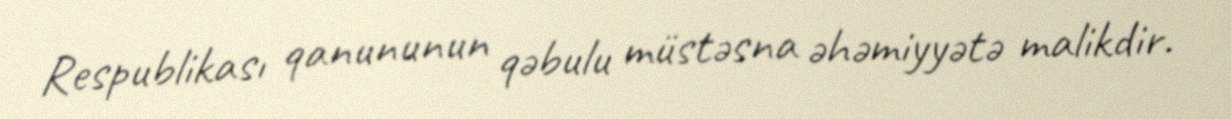
Respublikası qanununun qəbulu müstəsna əhəmiyyətə malikdir.